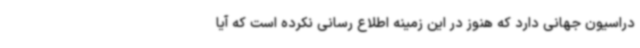
دراسیون جهانی دارد که هنوز در این زمینه اطلاع رسانی نکرده است که آیا